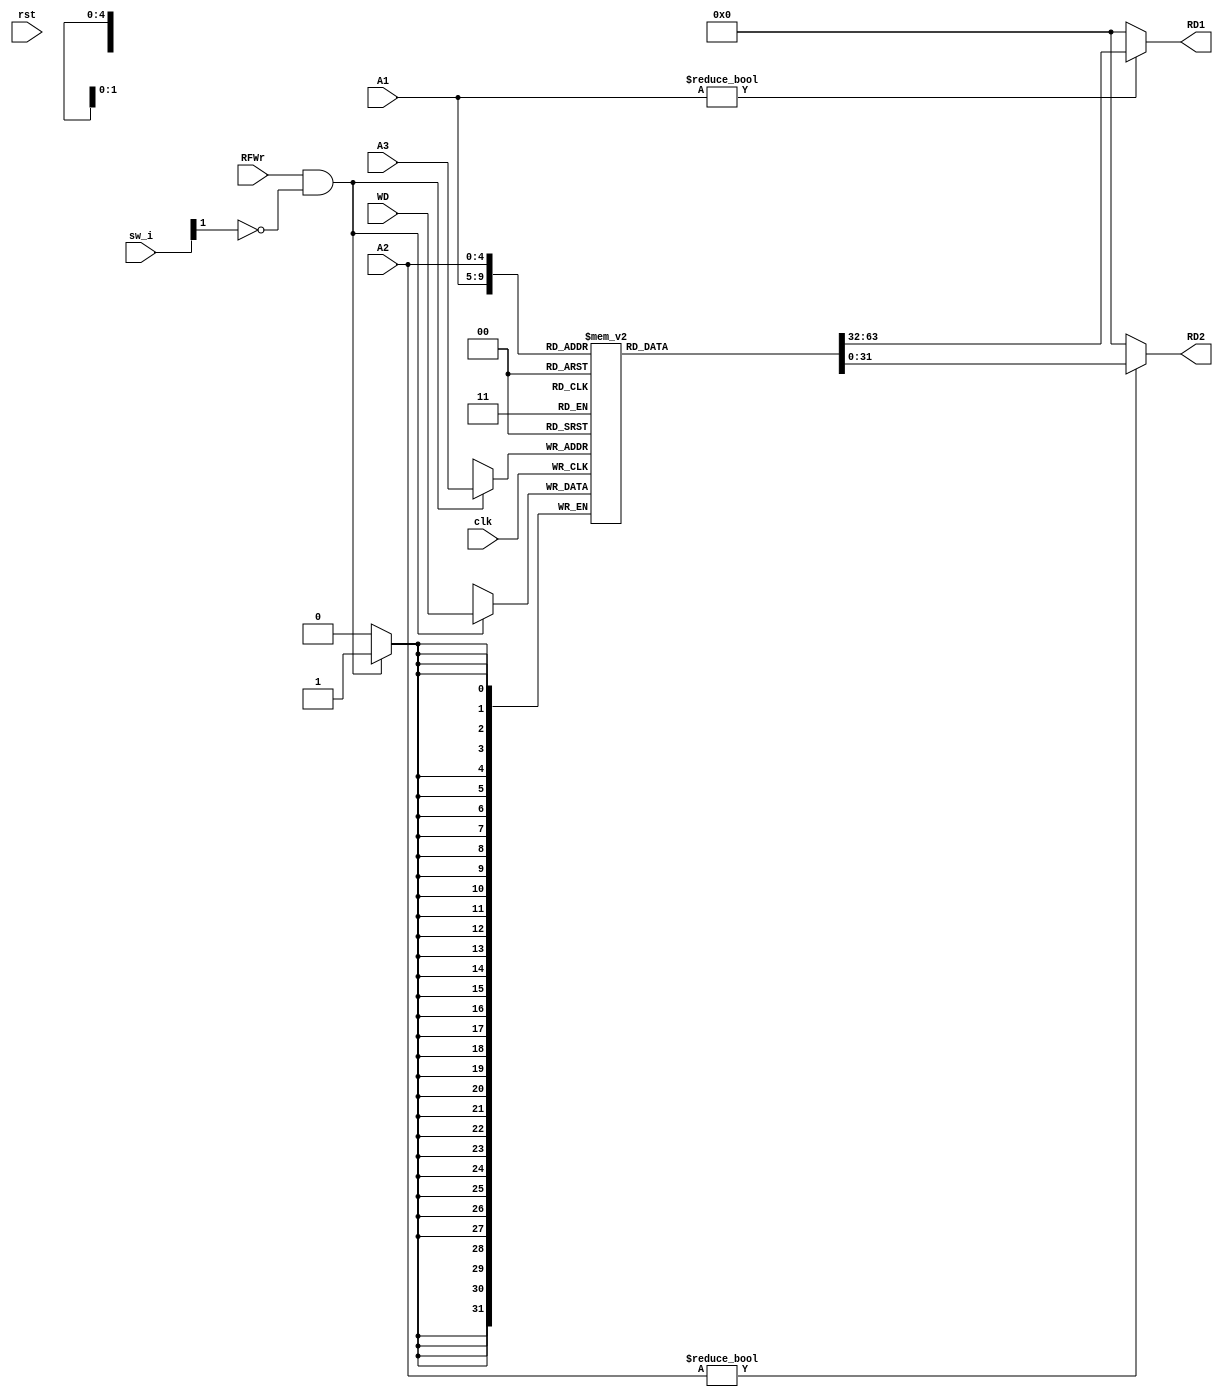
`timescale 1ns / 1ps
//////////////////////////////////////////////////////////////////////////////////
// Company: 
// Engineer: 
// 
// Create Date: 
// Design Name: 
// Module Name: RF
// Project Name: 
// Target Devices: 
// Tool Versions: 
// Description: 
// 
// Dependencies: 
// 
// Revision:
// Revision 0.01 - File Created
// Additional Comments:
// 
//////////////////////////////////////////////////////////////////////////////////


module RF(
    input clk,
    input rst,
    input RFWr,
    input [15:0] sw_i,
    input [4:0] A1, A2, A3,
    input [31:0]WD,
    output reg[31:0] RD1, RD2
    );
    
    reg[31:0] rf[31:0];
    integer i;
    initial begin
        for (i = 0; i < 32; i = i + 1)
            rf[i] <= i;
    end
    
    always @(posedge clk)
    begin
        if (RFWr && (!sw_i[1])) begin
            rf[A3] <= WD; end
    end
    
//    assign RD1 = (A1 != 0) ? rf[A1] : 0;
//    assign RD2 = (A2 != 0) ? rf[A2] : 0;

    always @(*)
    begin 
         RD1 = (A1 != 0) ? rf[A1] : 0;
         RD2 = (A2 != 0) ? rf[A2] : 0;
    end
endmodule